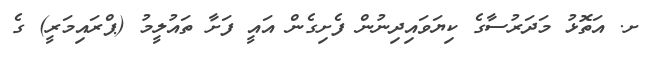
ށ. އަތޮޅު މަދަރުސާގެ ކިޔަވައިދިނުން ފެށިގެން އައީ ފަށާ ތައުލީމު (ޕްރައިމަރީ) ގެ